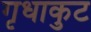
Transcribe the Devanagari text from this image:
गृधाकुट